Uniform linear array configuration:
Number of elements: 64
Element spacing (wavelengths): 0.5
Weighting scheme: hann
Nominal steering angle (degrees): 0
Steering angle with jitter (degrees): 1.325
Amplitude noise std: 0.05
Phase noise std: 0.05

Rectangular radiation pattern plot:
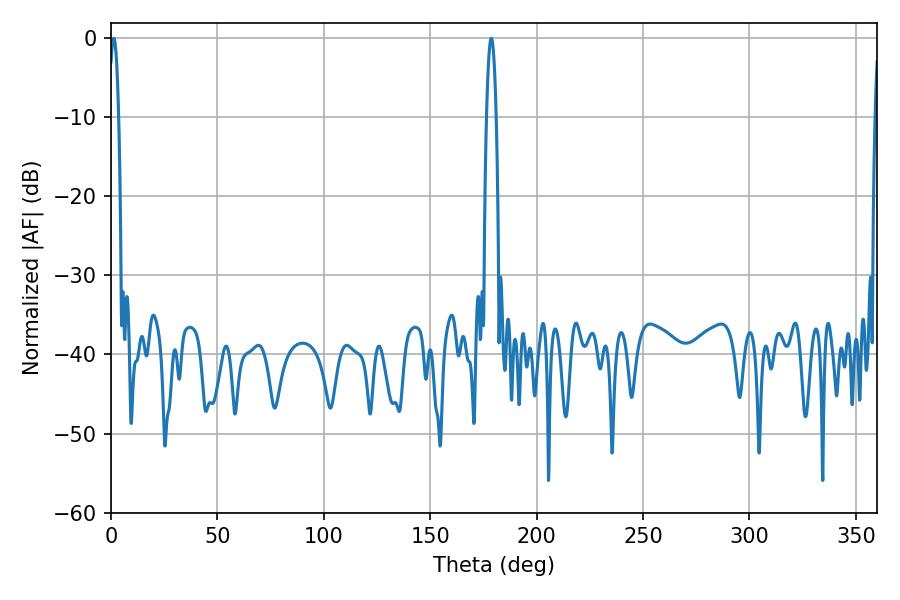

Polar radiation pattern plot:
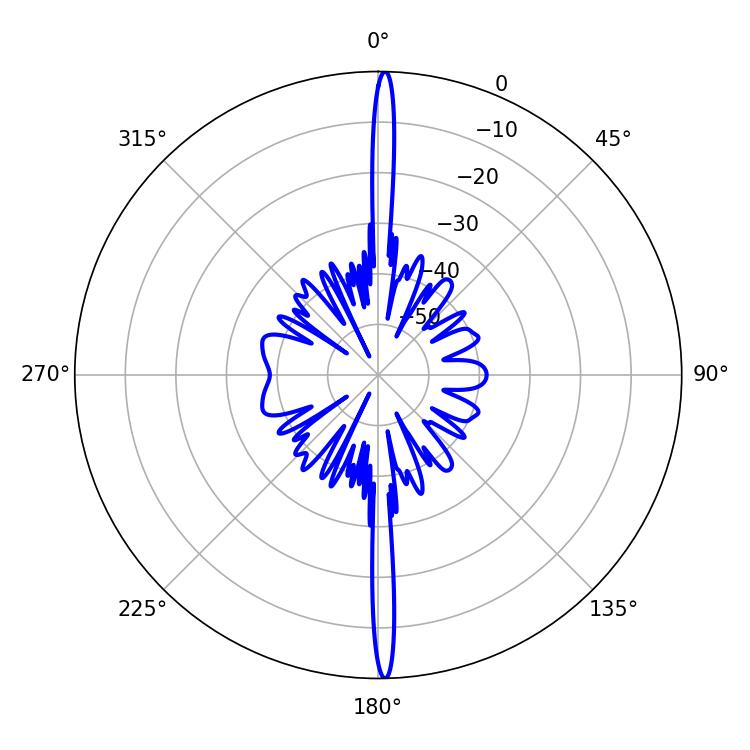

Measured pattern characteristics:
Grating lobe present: FALSE
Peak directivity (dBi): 29.847
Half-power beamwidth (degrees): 2.52
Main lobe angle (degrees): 178.74